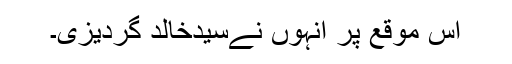
اس موقع پر انہوں نےسیدخالد گردیزی۔